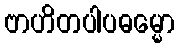
ဗာဟိတပါပဓမ္မော